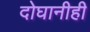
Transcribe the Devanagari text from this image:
दोघानीही